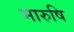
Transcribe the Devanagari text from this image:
मारुषि